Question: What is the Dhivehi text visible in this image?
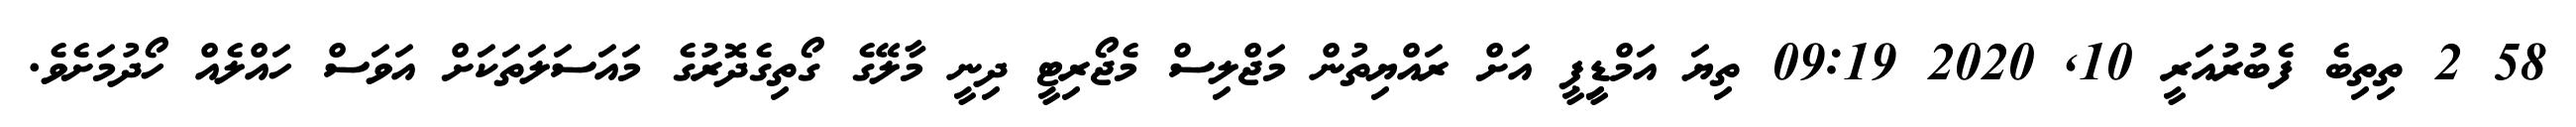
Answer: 58 2 ތިތިބެ ފެބުރުއަރީ 10, 2020 09:19 ތިޔަ އަމްޑިީޕީ އަށް ރައްޔިތުން މަޖްލިސް މެޖޯރިޓީ ދިނީ މާލޭގެ ގޯތިގެދޮރުގެ މައަސަލަތަކަށް އަވަސް ހައްލެއް ހޯދުމަށެވެ.